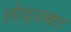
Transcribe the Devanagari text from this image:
लोद्ज्का